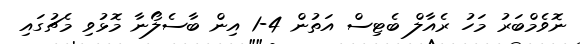
ނޮވެމްބަރު މަހު ރެއާލް ބެޓިސް އަތުން 4-1 އިން ބާސެލޯނާ މޮޅުވި މެޗުގައި